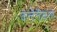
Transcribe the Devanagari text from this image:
कन्टेनीकरण